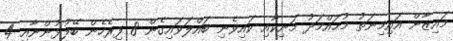
މައިޒާން އައިމިނަތު މުޙައްމަދު މަނިކާއި ކައިވެނި ބައްލަވައިގެން 8 ފިރެހެން ބޭފުޅުންނާއި 4